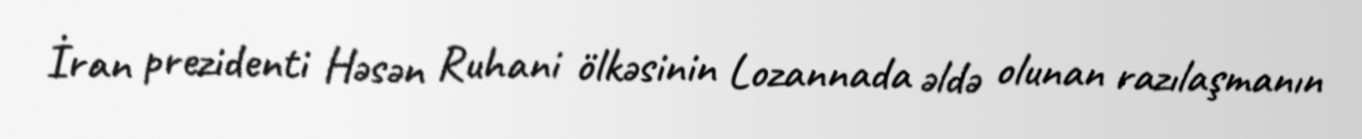
İran prezidenti Həsən Ruhani ölkəsinin Lozannada əldə olunan razılaşmanın